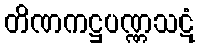
တိဏကဋ္ဌပဏ္ဏသဋံ